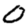
Digit: 0